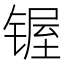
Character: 𰾣